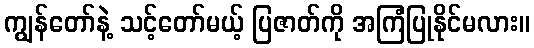
ကျွန်တော်နဲ့ သင့်တော်မယ့် ပြဇာတ်ကို အကြံပြုနိုင်မလား။